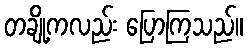
တချို့ကလည်း ပြောကြသည်။